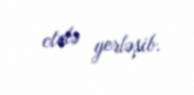
otelə yerləşib.